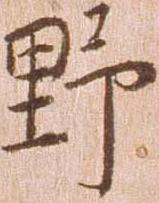
野